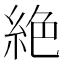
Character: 絶